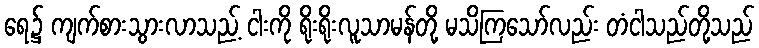
ရေ၌ ကျက်စားသွားလာသည့် ငါးကို ရိုးရိုးလူသာမန်တို့ မသိကြသော်လည်း တံငါသည်တို့သည်